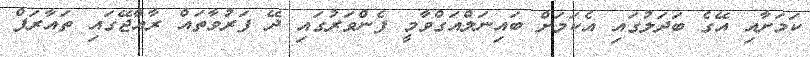
ކަމަށާއި އޭގެ ބަދަލުގައި އެކަމަށް ބައިނަލްއަގްވާމީ ފެންވަރުގައި ދޭ ފަރުވާތައް ރާއްޖޭގައި ތައާރަފް